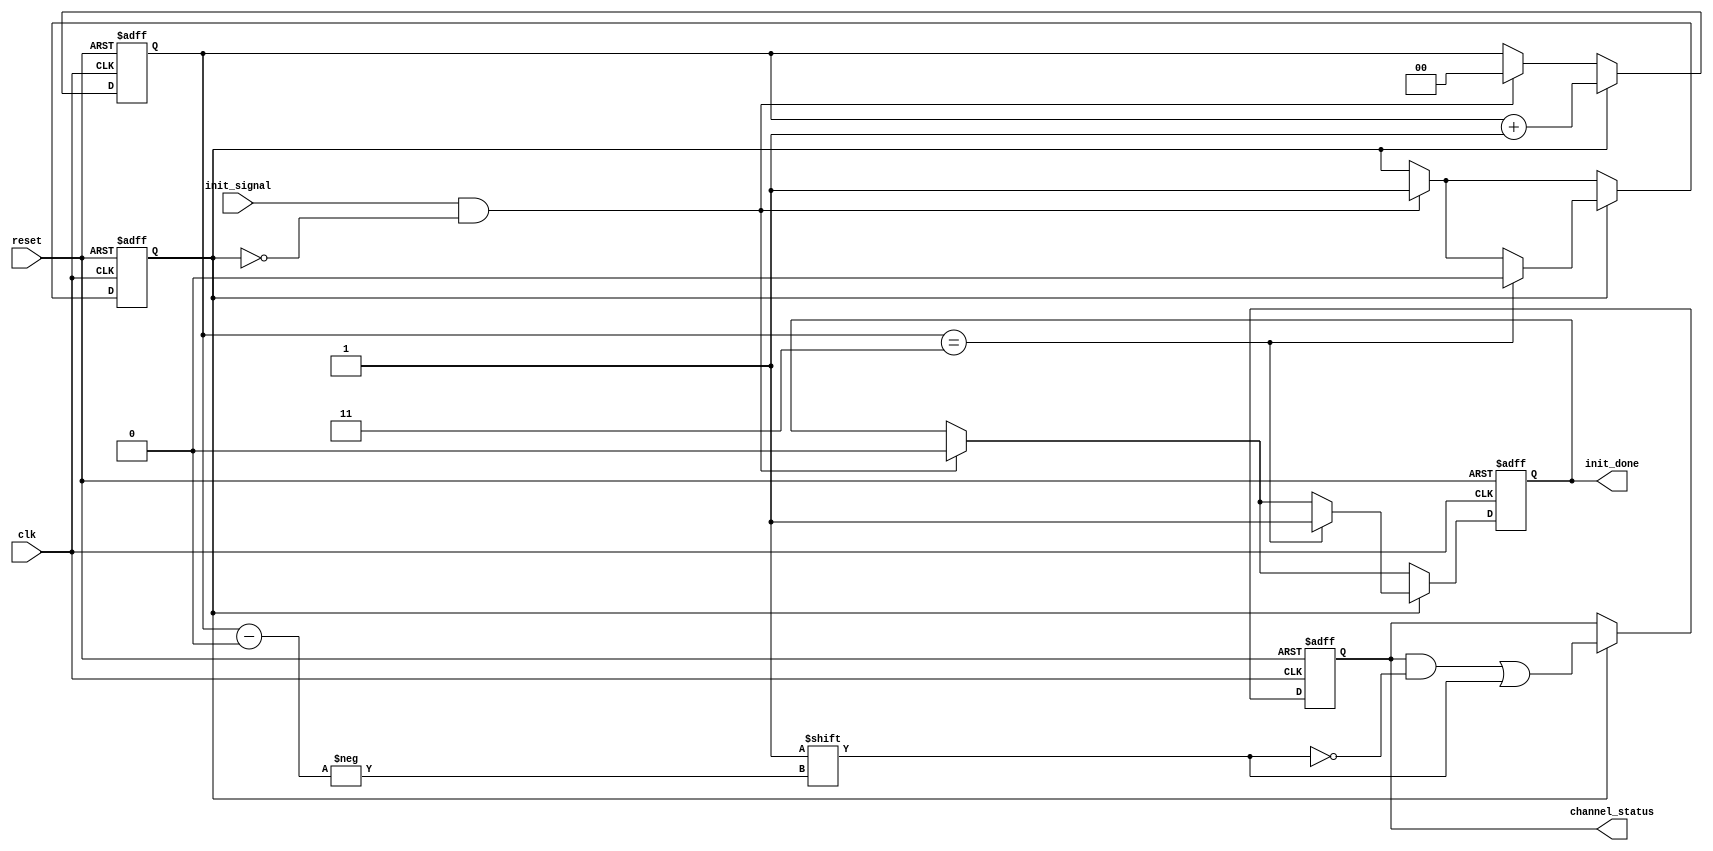
module multi_channel_init #(
    parameter CHANNEL_COUNT = 4 // Parameter to define the number of channels
)(
    input wire clk,
    input wire reset,
    input wire init_signal,
    output reg [CHANNEL_COUNT-1:0] channel_status, // Status of each channel (initialized or not)
    output reg init_done // Flag to indicate initialization completion
);

// Internal signals
reg [log2(CHANNEL_COUNT)-1:0] current_channel; // Counter to track the current channel being initialized
reg initializing; // Flag to indicate if initialization is in progress

// Function to calculate log2
function integer log2;
    input integer value;
    begin
        log2 = 0;
        while (2**log2 < value) begin
            log2 = log2 + 1;
        end
    end
endfunction

// Initialization process
always @(posedge clk or posedge reset) begin
    if (reset) begin
        channel_status <= 0; // Set all channels to not initialized
        init_done <= 0; // Initialization not done
        current_channel <= 0; // Reset channel counter
        initializing <= 0; // Clear initializing flag
    end else begin
        if (init_signal && !initializing) begin
            initializing <= 1; // Start initializing process
            current_channel <= 0; // Reset current channel to 0
            init_done <= 0; // Reset done flag
        end
        
        if (initializing) begin
            channel_status[current_channel] <= 1'b1; // Set current channel to initialized
            current_channel <= current_channel + 1; // Move to the next channel
            
            if (current_channel == CHANNEL_COUNT - 1) begin
                initializing <= 0; // End initialization process
                init_done <= 1; // Set initialization done flag
            end
        end
    end
end

endmodule